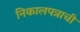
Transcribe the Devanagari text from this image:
निकालपत्राची